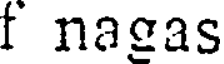
f nagas